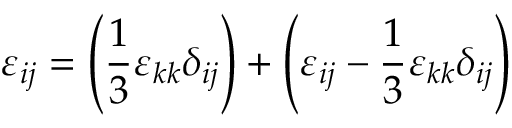
\varepsilon _ { i j } = \left( { \frac { 1 } { 3 } } \varepsilon _ { k k } \delta _ { i j } \right) + \left( \varepsilon _ { i j } - { \frac { 1 } { 3 } } \varepsilon _ { k k } \delta _ { i j } \right)